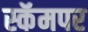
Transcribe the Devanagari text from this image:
स्कॅमपर